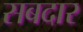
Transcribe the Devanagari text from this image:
सबदार